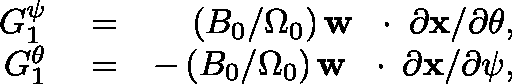
\begin{array} { r l r } { G _ { 1 } ^ { \psi } } & { { } = } & { ( B _ { 0 } / \Omega _ { 0 } ) \, { \bf w } \, \mathrm { ~ \boldmath ~ \cdot ~ } \, \partial { \bf x } / \partial \theta , } \\ { G _ { 1 } ^ { \theta } } & { { } = } & { - \, ( B _ { 0 } / \Omega _ { 0 } ) \, { \bf w } \, \mathrm { ~ \boldmath ~ \cdot ~ } \, \partial { \bf x } / \partial \psi , } \end{array}